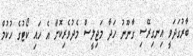
ބާރުގަދަވީ އިނގިރޭސި ގާނޫނު ހަދާ މަޖިލީސް މެދުވެރިކޮށް އެ ހައި ކޯޓުގެ ހުކުމް